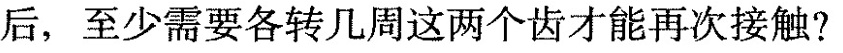
后，至少需要各转几周这两个齿才能再次接触?